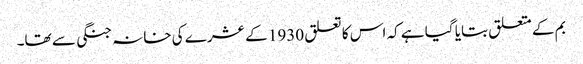
بم کے متعلق بتایا گیا ہے کہ اس کا تعلق 1930 کے عشرے کی خانہ جنگی سے تھا۔